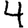
Digit: 4